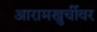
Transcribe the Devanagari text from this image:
आरामखुर्चीवर